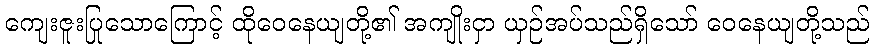
ကျေးဇူးပြုသောကြောင့် ထိုဝေနေယျတို့၏ အကျိုးငှာ ယှဉ်အပ်သည်ရှိသော် ဝေနေယျတို့သည်